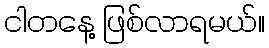
ငါတနေ့ ဖြစ်လာရမယ်။